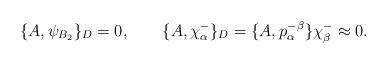
LaTeX: \begin{align*}\{A,\psi_{B_2}\}_D=0, \qquad \{A,\chi^-_\alpha\}_D=\{A,p^-_\alpha{}^\beta\}\chi^-_\beta\approx0.\end{align*}